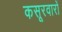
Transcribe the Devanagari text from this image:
कसूरवारों